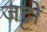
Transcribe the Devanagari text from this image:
जट्टों